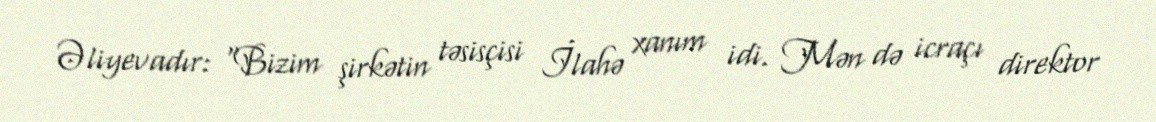
Əliyevadır: "Bizim şirkətin təsisçisi İlahə xanım idi. Mən də icraçı direktor